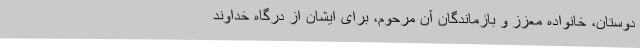
دوستان، خانواده معزز و بازماندگان آن مرحوم، برای ایشان از درگاه خداوند